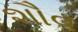
શૌવ